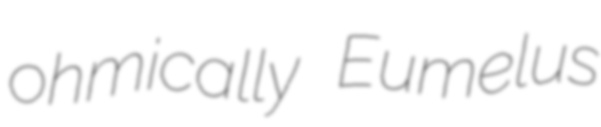
ohmically Eumelus